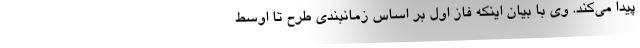
پیدا می‌کند. وی با بیان اینکه فاز اول بر اساس زمانبندی طرح تا اوسط